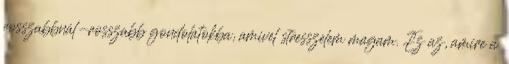
rosszabbnál-rosszabb gondolatokba, amivel stresszelem magam. Ez az, amire a